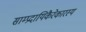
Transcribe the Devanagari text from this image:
साम्प्रदायिकैरेकारस्य